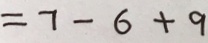
= 7 - 6 + 9